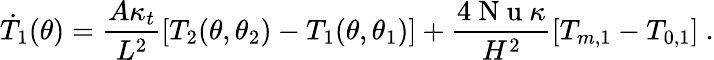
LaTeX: \dot{T}_{1}(\theta)=\frac{A\kappa_{t}}{L^{2}}\left[T_{2}(\theta,\theta_{2})-T_{1}(\theta,\theta_{1})\right]+\frac{4\mathrm{~N~u~}\kappa}{H^{2}}[T_{m,1}-T_{0,1}]\ .